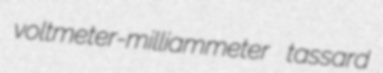
voltmeter-milliammeter tassard